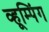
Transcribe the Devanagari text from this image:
व्हूम्पिंग